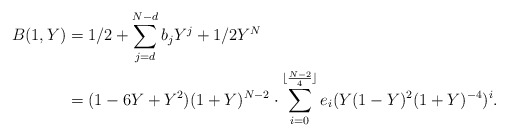
\begin{align*} B(1,Y) & = 1/2 + \sum _{j=d}^{N-d}b_j Y^j + 1/2 Y^{N}\\ & = (1-6Y + Y^2)(1+Y)^{N-2}\cdot \sum_{i=0}^{\lfloor \frac {N-2}{4} \rfloor} e_i (Y(1-Y)^2(1+Y)^{-4})^i.\end{align*}